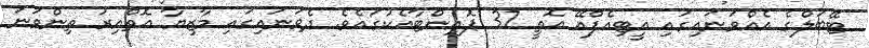
ޓޭބަލްގެ އެއްވަނައިގައި އީޓިއެފްއޭ އޮތީ 37 ޕޮއިންޓާއެކުގައެވެ. ދެވަނައިގައި މާޒިޔާ އޮތްއިރު ތިންވަނަ